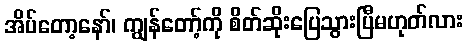
အိပ်တော့နော်၊ ကျွန်တော့်ကို စိတ်ဆိုးပြေသွားပြီမဟုတ်လား